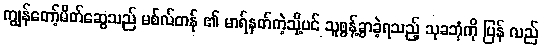
ကျွန်တော့်မိတ်ဆွေသည် မစ်လ်တန် ၏ မာရ်နတ်ကဲ့သို့ပင် သူစွန့်ခွာခဲ့ရသည့် သုခဘုံကို ပြန် လည်